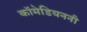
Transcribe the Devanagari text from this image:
कॉमेडियननी